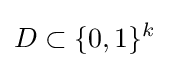
D\subset \{0,1\}^{k}\,\!